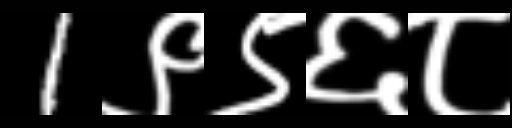
Text: 1९९६८